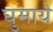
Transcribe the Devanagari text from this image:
घुमाये